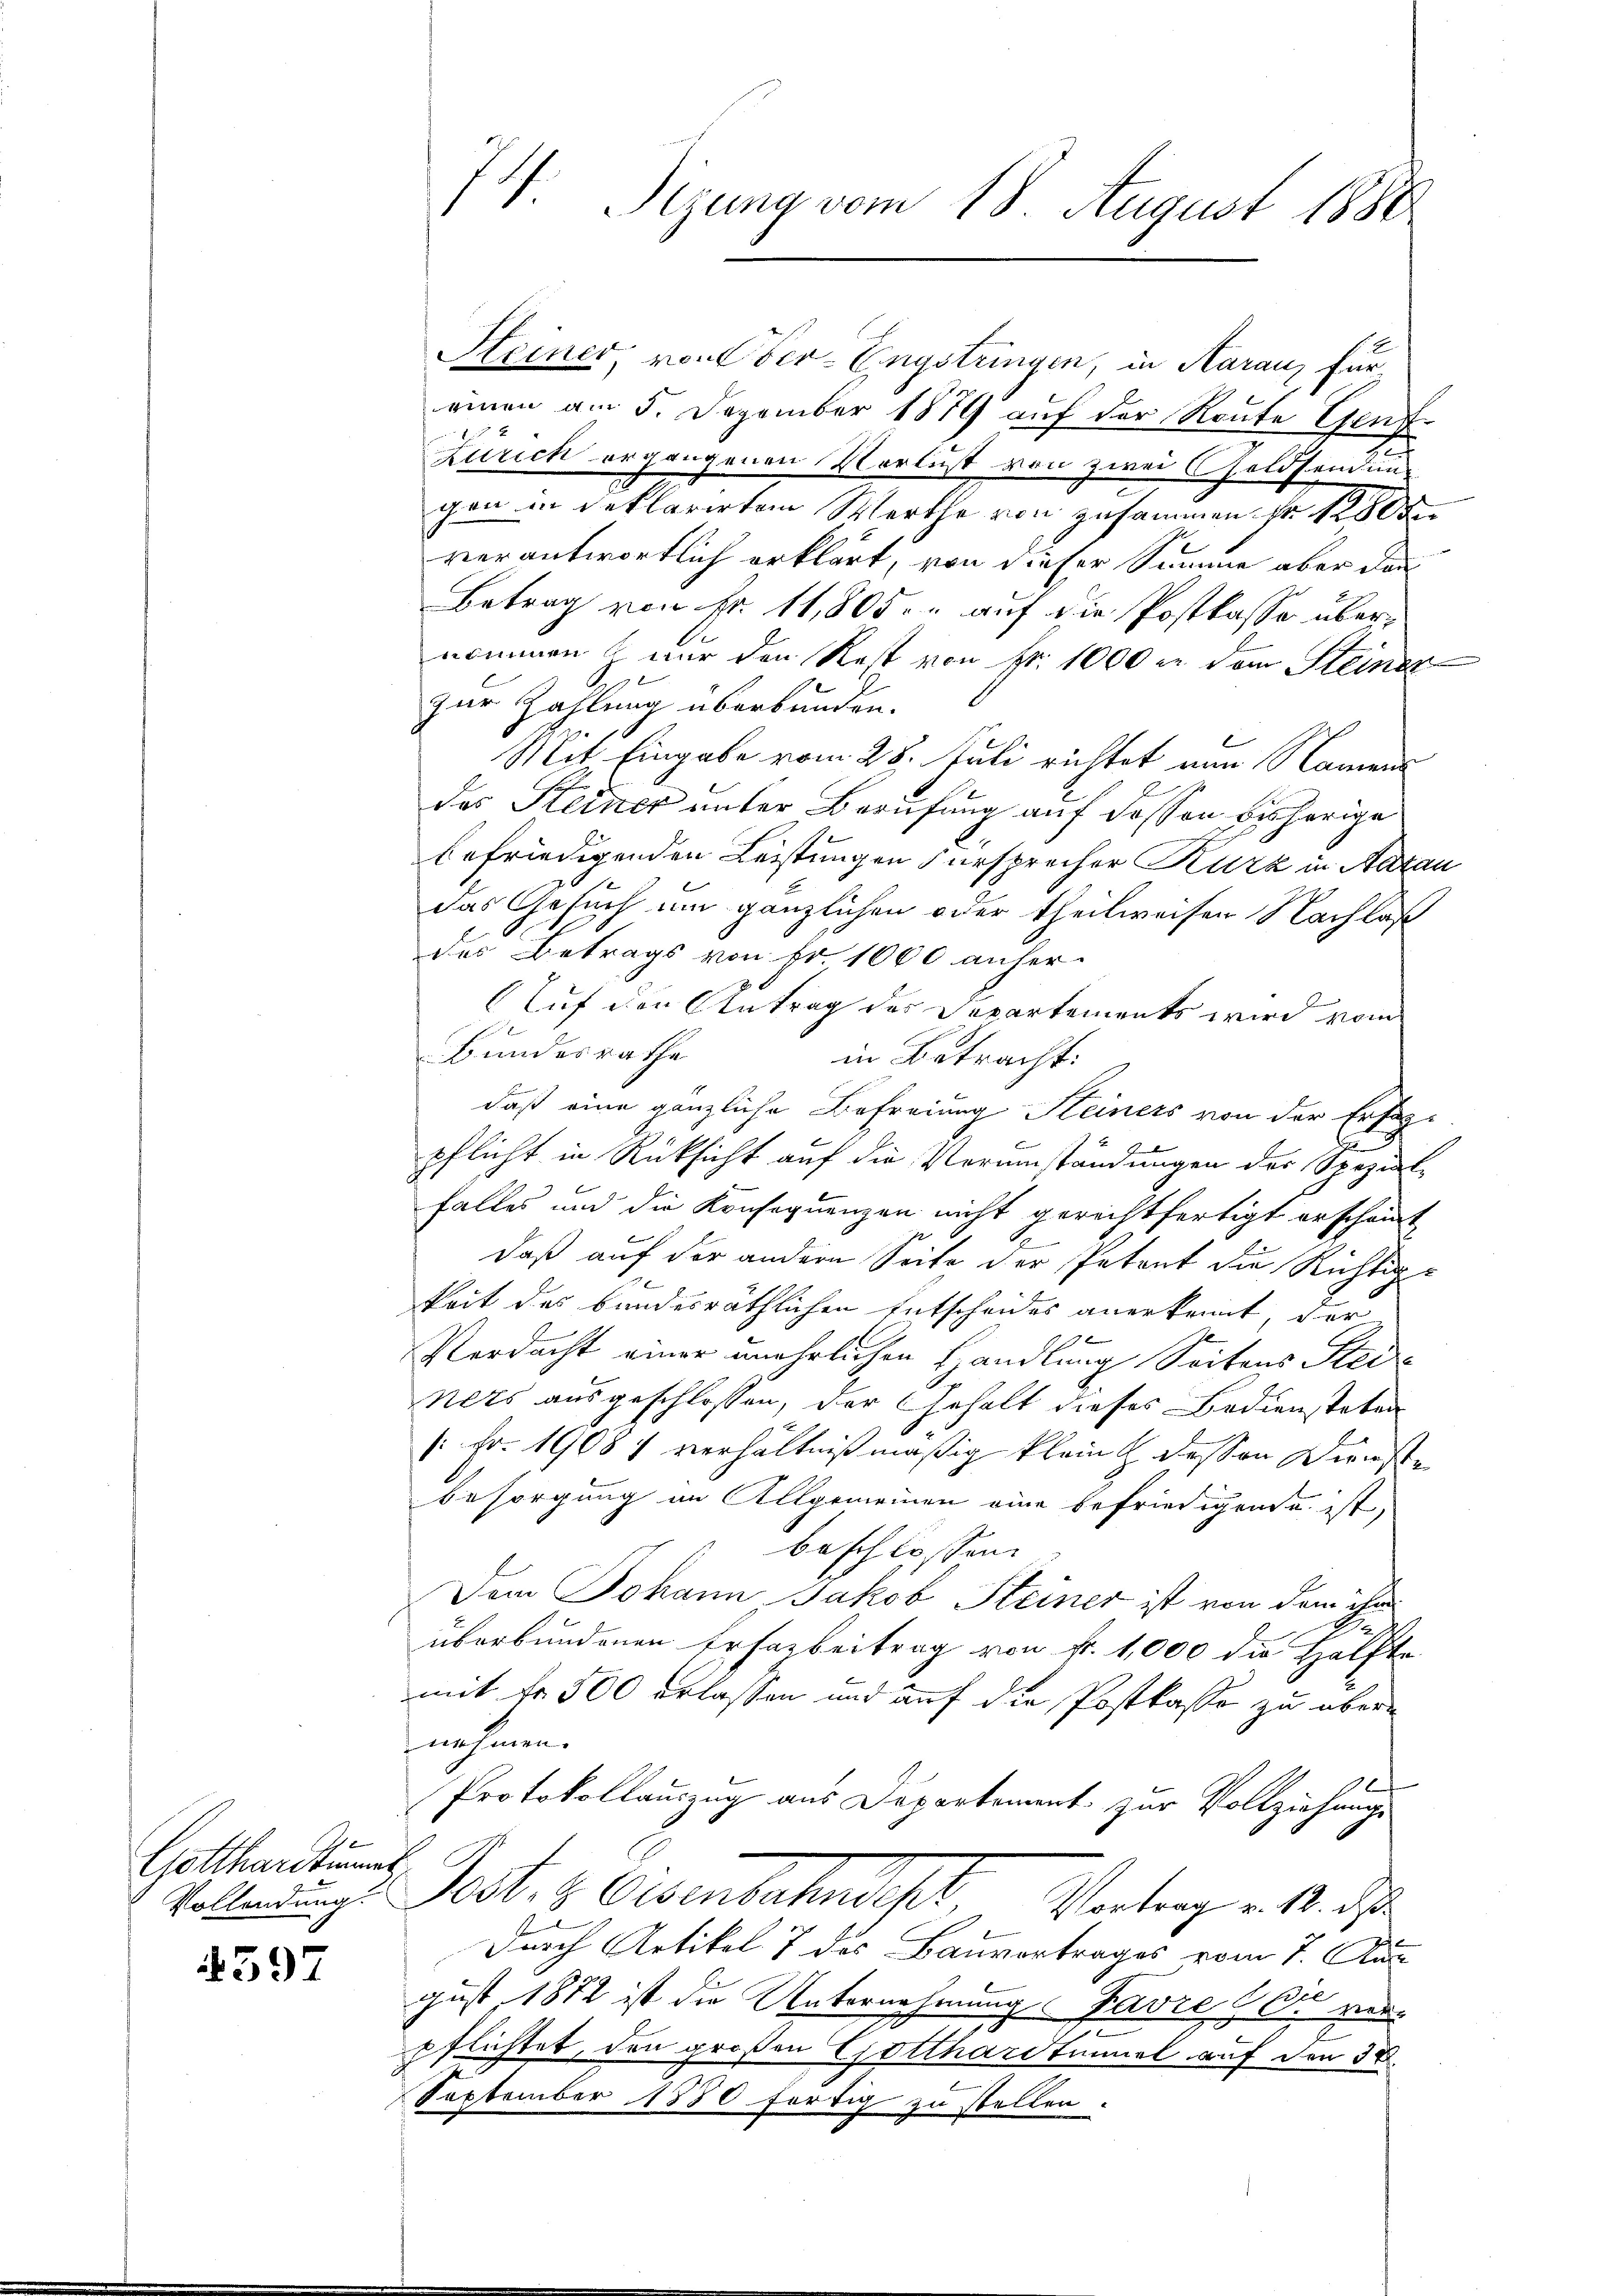
e
Gottharitieng
Vollendung:

4397

Steiner von Ober-Engstringen, in Aaraus für
einen am 5. Dezember 1879 auf der Route Genf¬
2
2.
Zürich ergangenen Verlust von zwei Geldsenden-
gen in deklarirten Werthe von zusammen. Fr. 180
verantwortlich erklärt, von dieser Summe aber dann
Betrag von Nr. 11,805. auf die Postkasse übernommen nur den Rest von Fr. 1000 in dem Steiner
zur Zahlung überbunden.
Mit Eingabe vom 25. Juli richtet nun Namens
des Heiner unter Berufung auf dessen bisherige
befriedigenden Leistungen Fürsprecher Kurz in Aarau
das Gesuch um gänzlichen oder theilweisen Nachlaß
des Betrags von Fr. 1000 anler-
Auf den Antrag des Departements wird vom
Bundesrathe
in Betracht:
daß eine gänzliche Befreiung Heiners von der Erfahpflicht in Rüksicht auf die Verumständungen der Spezial-
falles und die Konsequenzen nicht gerichtfertigt erscheint,
daß auf der andern Seite der Petent die Richtige
keit des bundesräthlichen Entscheides anerkennt, der
2
Verdacht einer unehrlichen Handlung Seitens Steie
Nits ausgeschlossen, der Gehalt dieses Bediensteten
1 Fr. 19084 verhältnißmäßig klein dessen Dienste
besorgung an Allgemeinen eine befriedigende ist,
beschlossen.
Dem Johann Jakob Steiner ist von dem ihm
2.
überbundenen Ersazbeitrag von fr. 1,000 die Hälfte
mit fr. 500 erlassen und auf die Postkasse zu übernehmen.
e
Protokollauszug aus Departement zur Vollziehungs-
Vort. 4. Centreten ist. Vertrag alle
1
Durch Artikel 7 des Bauvertrages vom 7. un
gust 1872 ist die Unternehmung Favre & Dr me
pflichtet, den großen Gotthardtimmel auf den 38.
September 1880 fertig zu stellen.

74 Sizung vom 18. August 1880